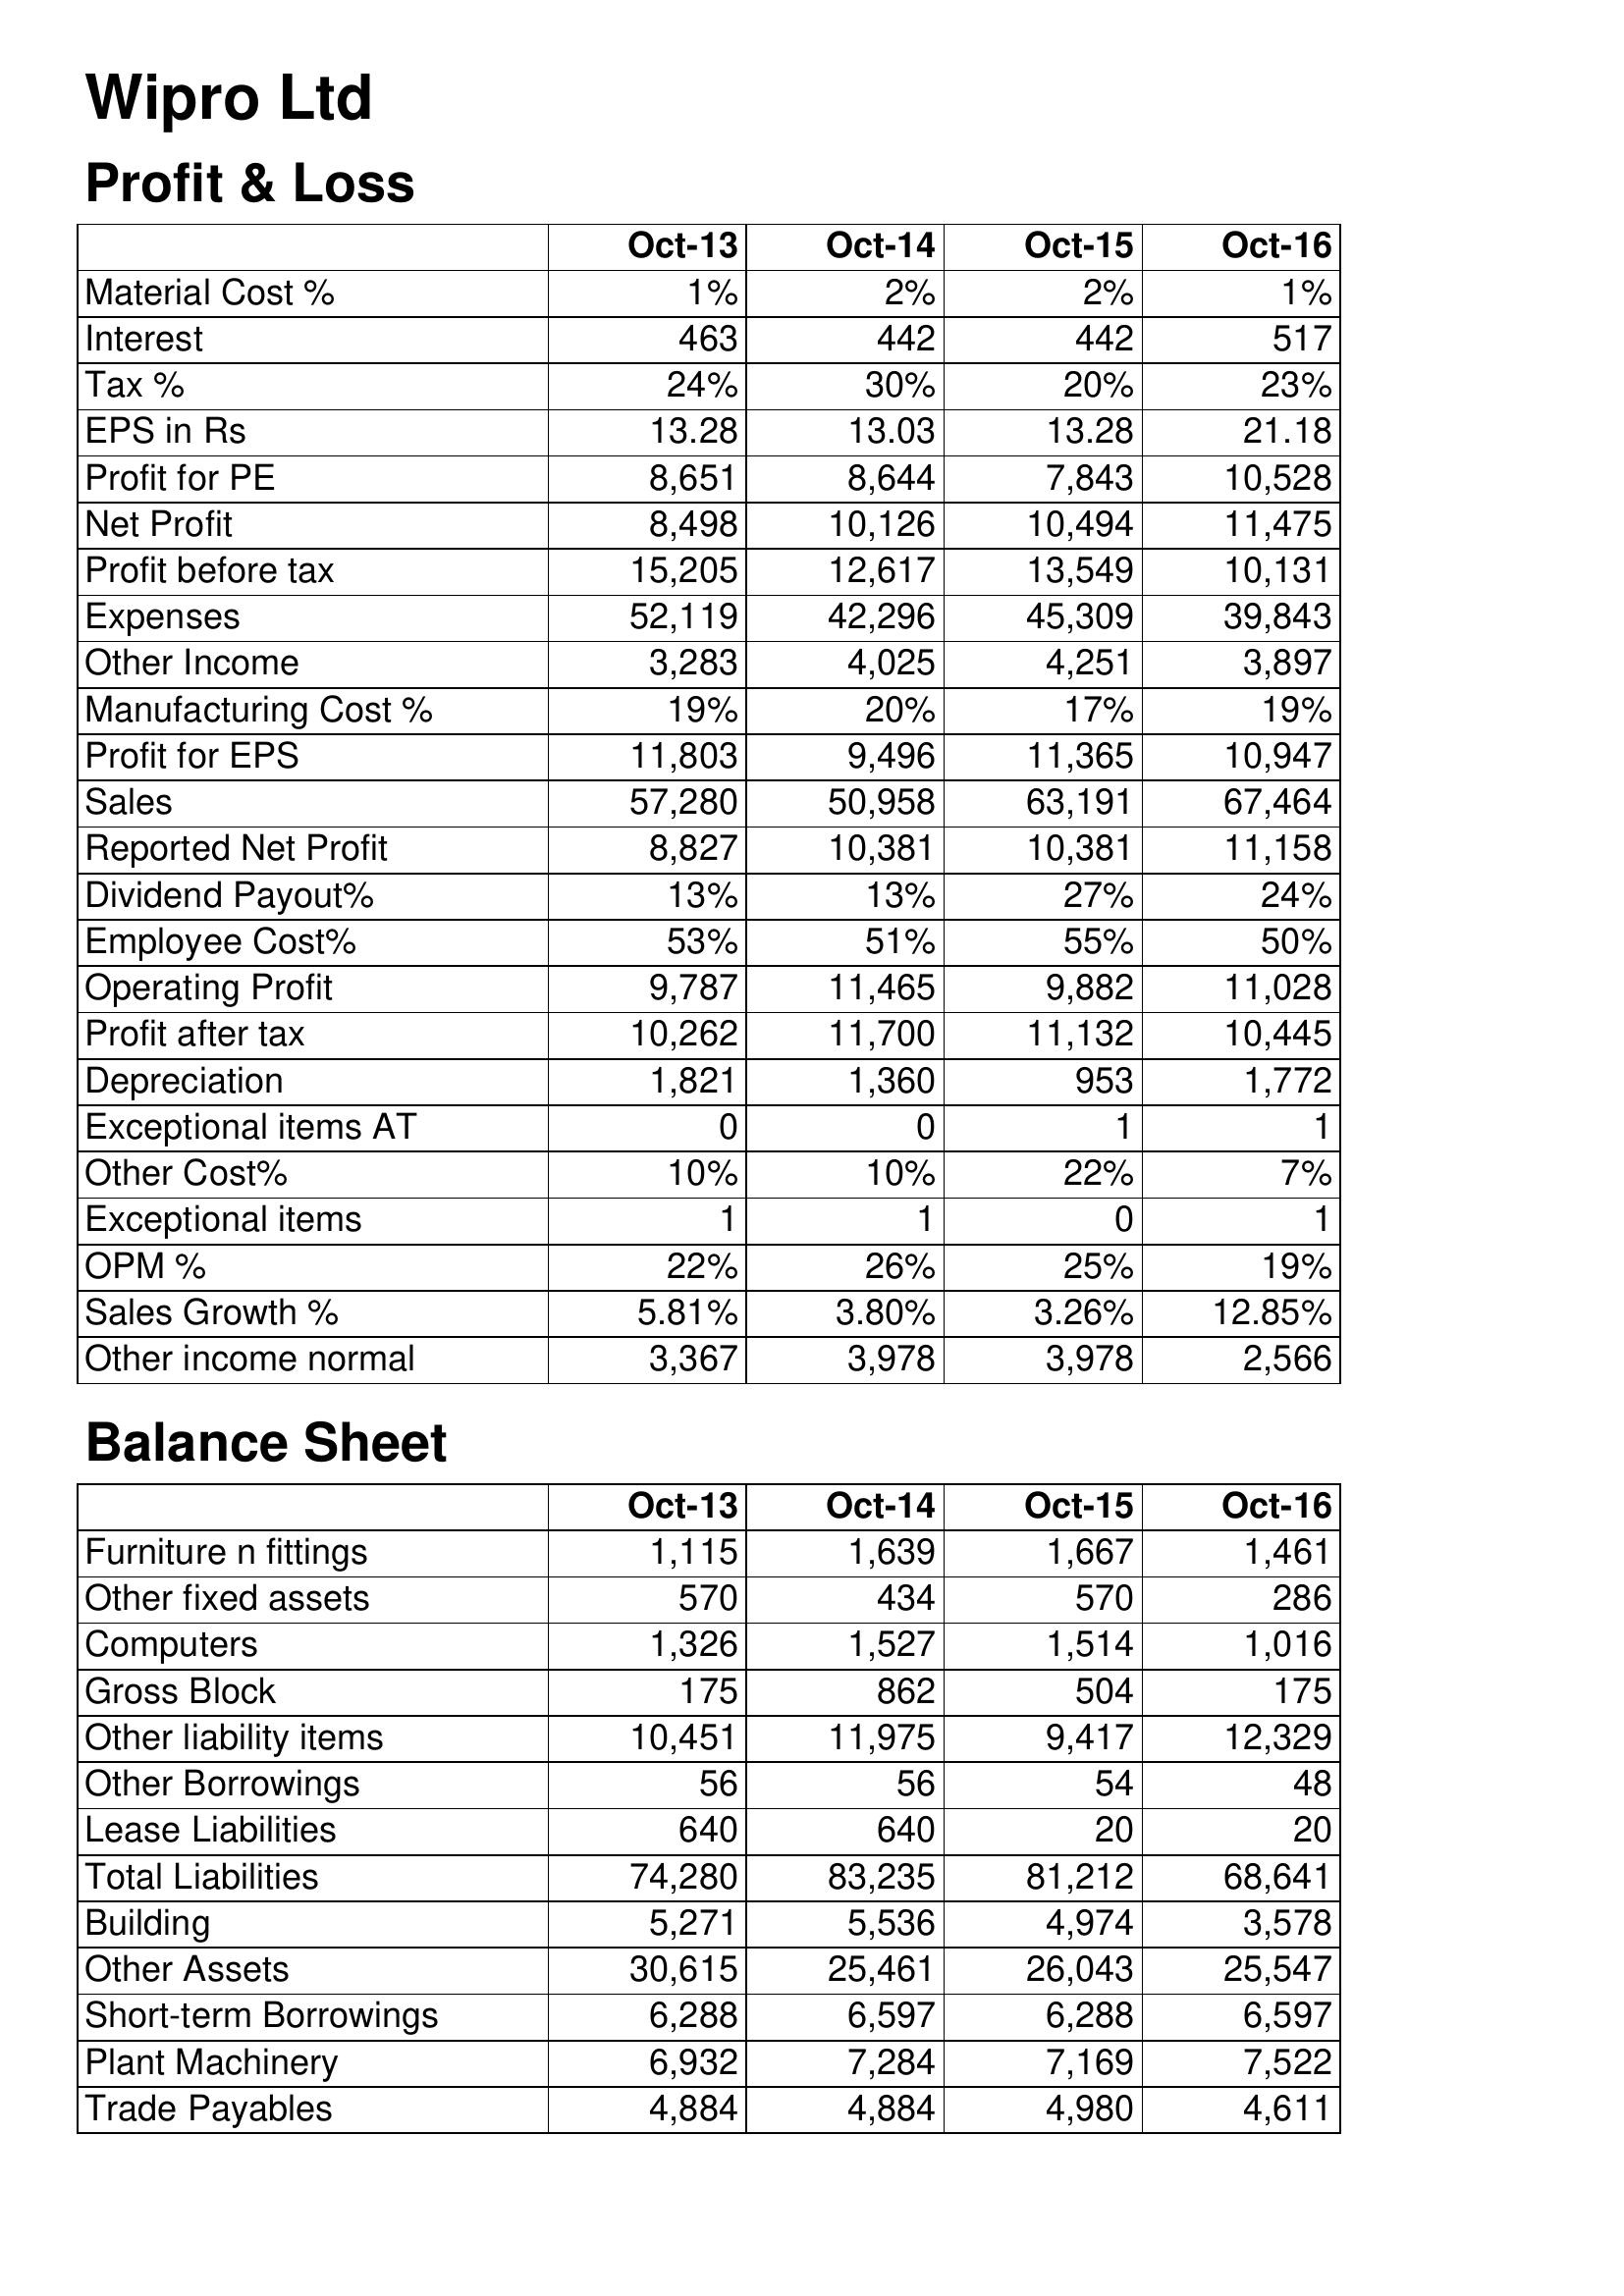
Oct-13: Profit & Loss: Material Cost %: 1%
Interest: 463
Tax %: 24%
EPS in Rs: 13.28
Profit for PE: 8,651
Net Profit: 8,498
Profit before tax: 15,205
Expenses: 52,119
Other Income: 3,283
Manufacturing Cost %: 19%
Profit for EPS: 11,803
Sales: 57,280
Reported Net Profit: 8,827
Dividend Payout%: 13%
Employee Cost%: 53%
Operating Profit: 9,787
Profit after tax: 10,262
Depreciation: 1,821
Exceptional items AT: 0
Other Cost%: 10%
Exceptional items: 1
OPM %: 22%
Sales Growth %: 5.81%
Other income normal: 3,367
Balance Sheet: Furniture n fittings: 1,115
Other fixed assets: 570
Computers: 1,326
Gross Block: 175
Other liability items: 10,451
Other Borrowings: 56
Lease Liabilities: 640
Total Liabilities: 74,280
Building: 5,271
Other Assets: 30,615
Short-term Borrowings: 6,288
Plant Machinery: 6,932
Trade Payables: 4,884
Oct-14: Profit & Loss: Material Cost %: 2%
Interest: 442
Tax %: 30%
EPS in Rs: 13.03
Profit for PE: 8,644
Net Profit: 10,126
Profit before tax: 12,617
Expenses: 42,296
Other Income: 4,025
Manufacturing Cost %: 20%
Profit for EPS: 9,496
Sales: 50,958
Reported Net Profit: 10,381
Dividend Payout%: 13%
Employee Cost%: 51%
Operating Profit: 11,465
Profit after tax: 11,700
Depreciation: 1,360
Exceptional items AT: 0
Other Cost%: 10%
Exceptional items: 1
OPM %: 26%
Sales Growth %: 3.80%
Other income normal: 3,978
Balance Sheet: Furniture n fittings: 1,639
Other fixed assets: 434
Computers: 1,527
Gross Block: 862
Other liability items: 11,975
Other Borrowings: 56
Lease Liabilities: 640
Total Liabilities: 83,235
Building: 5,536
Other Assets: 25,461
Short-term Borrowings: 6,597
Plant Machinery: 7,284
Trade Payables: 4,884
Oct-15: Profit & Loss: Material Cost %: 2%
Interest: 442
Tax %: 20%
EPS in Rs: 13.28
Profit for PE: 7,843
Net Profit: 10,494
Profit before tax: 13,549
Expenses: 45,309
Other Income: 4,251
Manufacturing Cost %: 17%
Profit for EPS: 11,365
Sales: 63,191
Reported Net Profit: 10,381
Dividend Payout%: 27%
Employee Cost%: 55%
Operating Profit: 9,882
Profit after tax: 11,132
Depreciation: 953
Exceptional items AT: 1
Other Cost%: 22%
Exceptional items: 0
OPM %: 25%
Sales Growth %: 3.26%
Other income normal: 3,978
Balance Sheet: Furniture n fittings: 1,667
Other fixed assets: 570
Computers: 1,514
Gross Block: 504
Other liability items: 9,417
Other Borrowings: 54
Lease Liabilities: 20
Total Liabilities: 81,212
Building: 4,974
Other Assets: 26,043
Short-term Borrowings: 6,288
Plant Machinery: 7,169
Trade Payables: 4,980
Oct-16: Profit & Loss: Material Cost %: 1%
Interest: 517
Tax %: 23%
EPS in Rs: 21.18
Profit for PE: 10,528
Net Profit: 11,475
Profit before tax: 10,131
Expenses: 39,843
Other Income: 3,897
Manufacturing Cost %: 19%
Profit for EPS: 10,947
Sales: 67,464
Reported Net Profit: 11,158
Dividend Payout%: 24%
Employee Cost%: 50%
Operating Profit: 11,028
Profit after tax: 10,445
Depreciation: 1,772
Exceptional items AT: 1
Other Cost%: 7%
Exceptional items: 1
OPM %: 19%
Sales Growth %: 12.85%
Other income normal: 2,566
Balance Sheet: Furniture n fittings: 1,461
Other fixed assets: 286
Computers: 1,016
Gross Block: 175
Other liability items: 12,329
Other Borrowings: 48
Lease Liabilities: 20
Total Liabilities: 68,641
Building: 3,578
Other Assets: 25,547
Short-term Borrowings: 6,597
Plant Machinery: 7,522
Trade Payables: 4,611